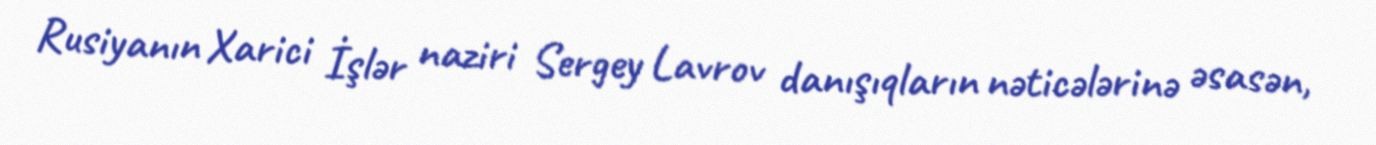
Rusiyanın Xarici İşlər naziri Sergey Lavrov danışıqların nəticələrinə əsasən,